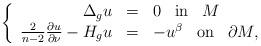
LaTeX: \begin{align*}\left\{ \begin{array}{rcl}\Delta_gu&=&0\;\;\;\mbox{in}\;\;\;M\\\frac{2}{n-2}\frac{\partial u}{\partial \nu}-H_{g}u&=&-u^{\beta}\;\;\;\mbox{on}\;\;\;\partial M,\end{array} \right. \end{align*}